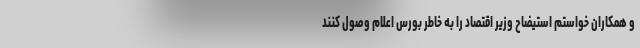
و همکاران خواستم استیضاح وزیر اقتصاد را به خاطر بورس اعلام وصول کنند